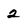
Character: 2